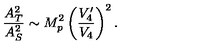
\frac { A _ { T } ^ { 2 } } { A _ { S } ^ { 2 } } \sim M _ { p } ^ { 2 } \left( \frac { V _ { 4 } ^ { \prime } } { V _ { 4 } } \right) ^ { 2 } .